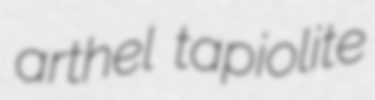
arthel tapiolite